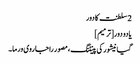
2 سلطنت کا دور
یادو دور[ترمیم]
گیانیشور کی پینٹنگ، مصور راجا روی ورما۔